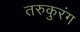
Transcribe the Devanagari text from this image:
तरुकुरंग